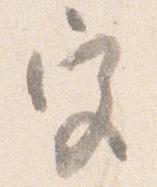
宮